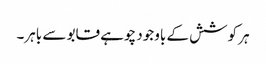
ہر کوشش کے باوجود چوہے قابو سے باہر۔